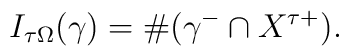
I_{\tau\Omega}(\gamma)=\#(\gamma^-\cap X^{\tau +}).